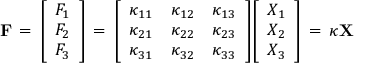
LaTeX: \mathbf { F } \, = \, { \left[ \begin{array} { l } { F _ { 1 } } \\ { F _ { 2 } } \\ { F _ { 3 } } \end{array} \right] } \, = \, { \left[ \begin{array} { l l l } { \kappa _ { 1 1 } } & { \kappa _ { 1 2 } } & { \kappa _ { 1 3 } } \\ { \kappa _ { 2 1 } } & { \kappa _ { 2 2 } } & { \kappa _ { 2 3 } } \\ { \kappa _ { 3 1 } } & { \kappa _ { 3 2 } } & { \kappa _ { 3 3 } } \end{array} \right] } { \left[ \begin{array} { l } { X _ { 1 } } \\ { X _ { 2 } } \\ { X _ { 3 } } \end{array} \right] } \, = \, { \boldsymbol { \kappa } } \mathbf { X }